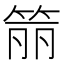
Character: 𬕄